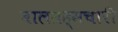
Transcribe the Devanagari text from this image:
बालब्रह्मचारी